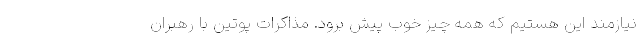
نیازمند این هستیم که همه چیز خوب پیش برود. مذاکرات پوتین با رهبران